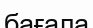
бағала